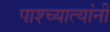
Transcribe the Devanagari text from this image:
पाश्च्यात्यांनी